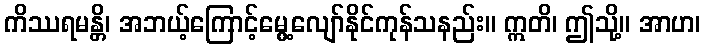
ကိဿရမန္တိ၊ အဘယ့်ကြောင့်မွေ့လျော်နိုင်ကုန်သနည်း။ ဣတိ၊ ဤသို့။ အာဟ၊